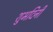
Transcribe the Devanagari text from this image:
शुभदिनीं